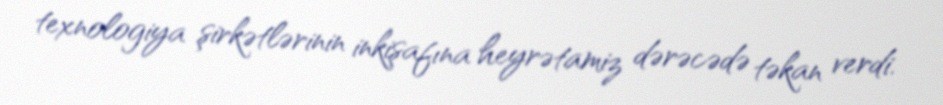
texnologiya şirkətlərinin inkişafına heyrətamiz dərəcədə təkan verdi.